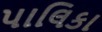
પાલિકા